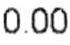
0.00